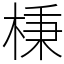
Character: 棅